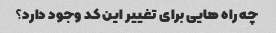
چه راه هایی برای تغییر این کد وجود دارد؟